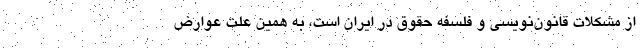
از مشكلات قانون‌نويسي و فلسفه حقوق در ايران است، به همين علت عوارض